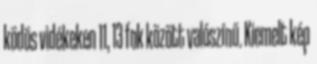
ködös vidékeken 11, 13 fok között valószínű. Kiemelt kép